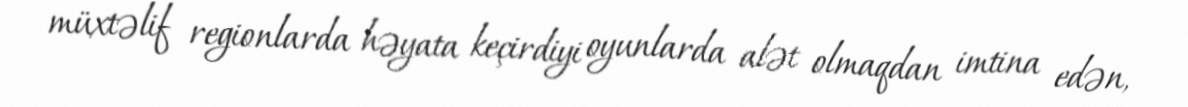
müxtəlif regionlarda həyata keçirdiyi oyunlarda alət olmaqdan imtina edən,